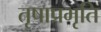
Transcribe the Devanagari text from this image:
तृषाप्रभृति